Bréfritari: Benedikt Hálfdanarson
Dagsetning: A-1896-01-03
Skrifað á: Vesturheimi

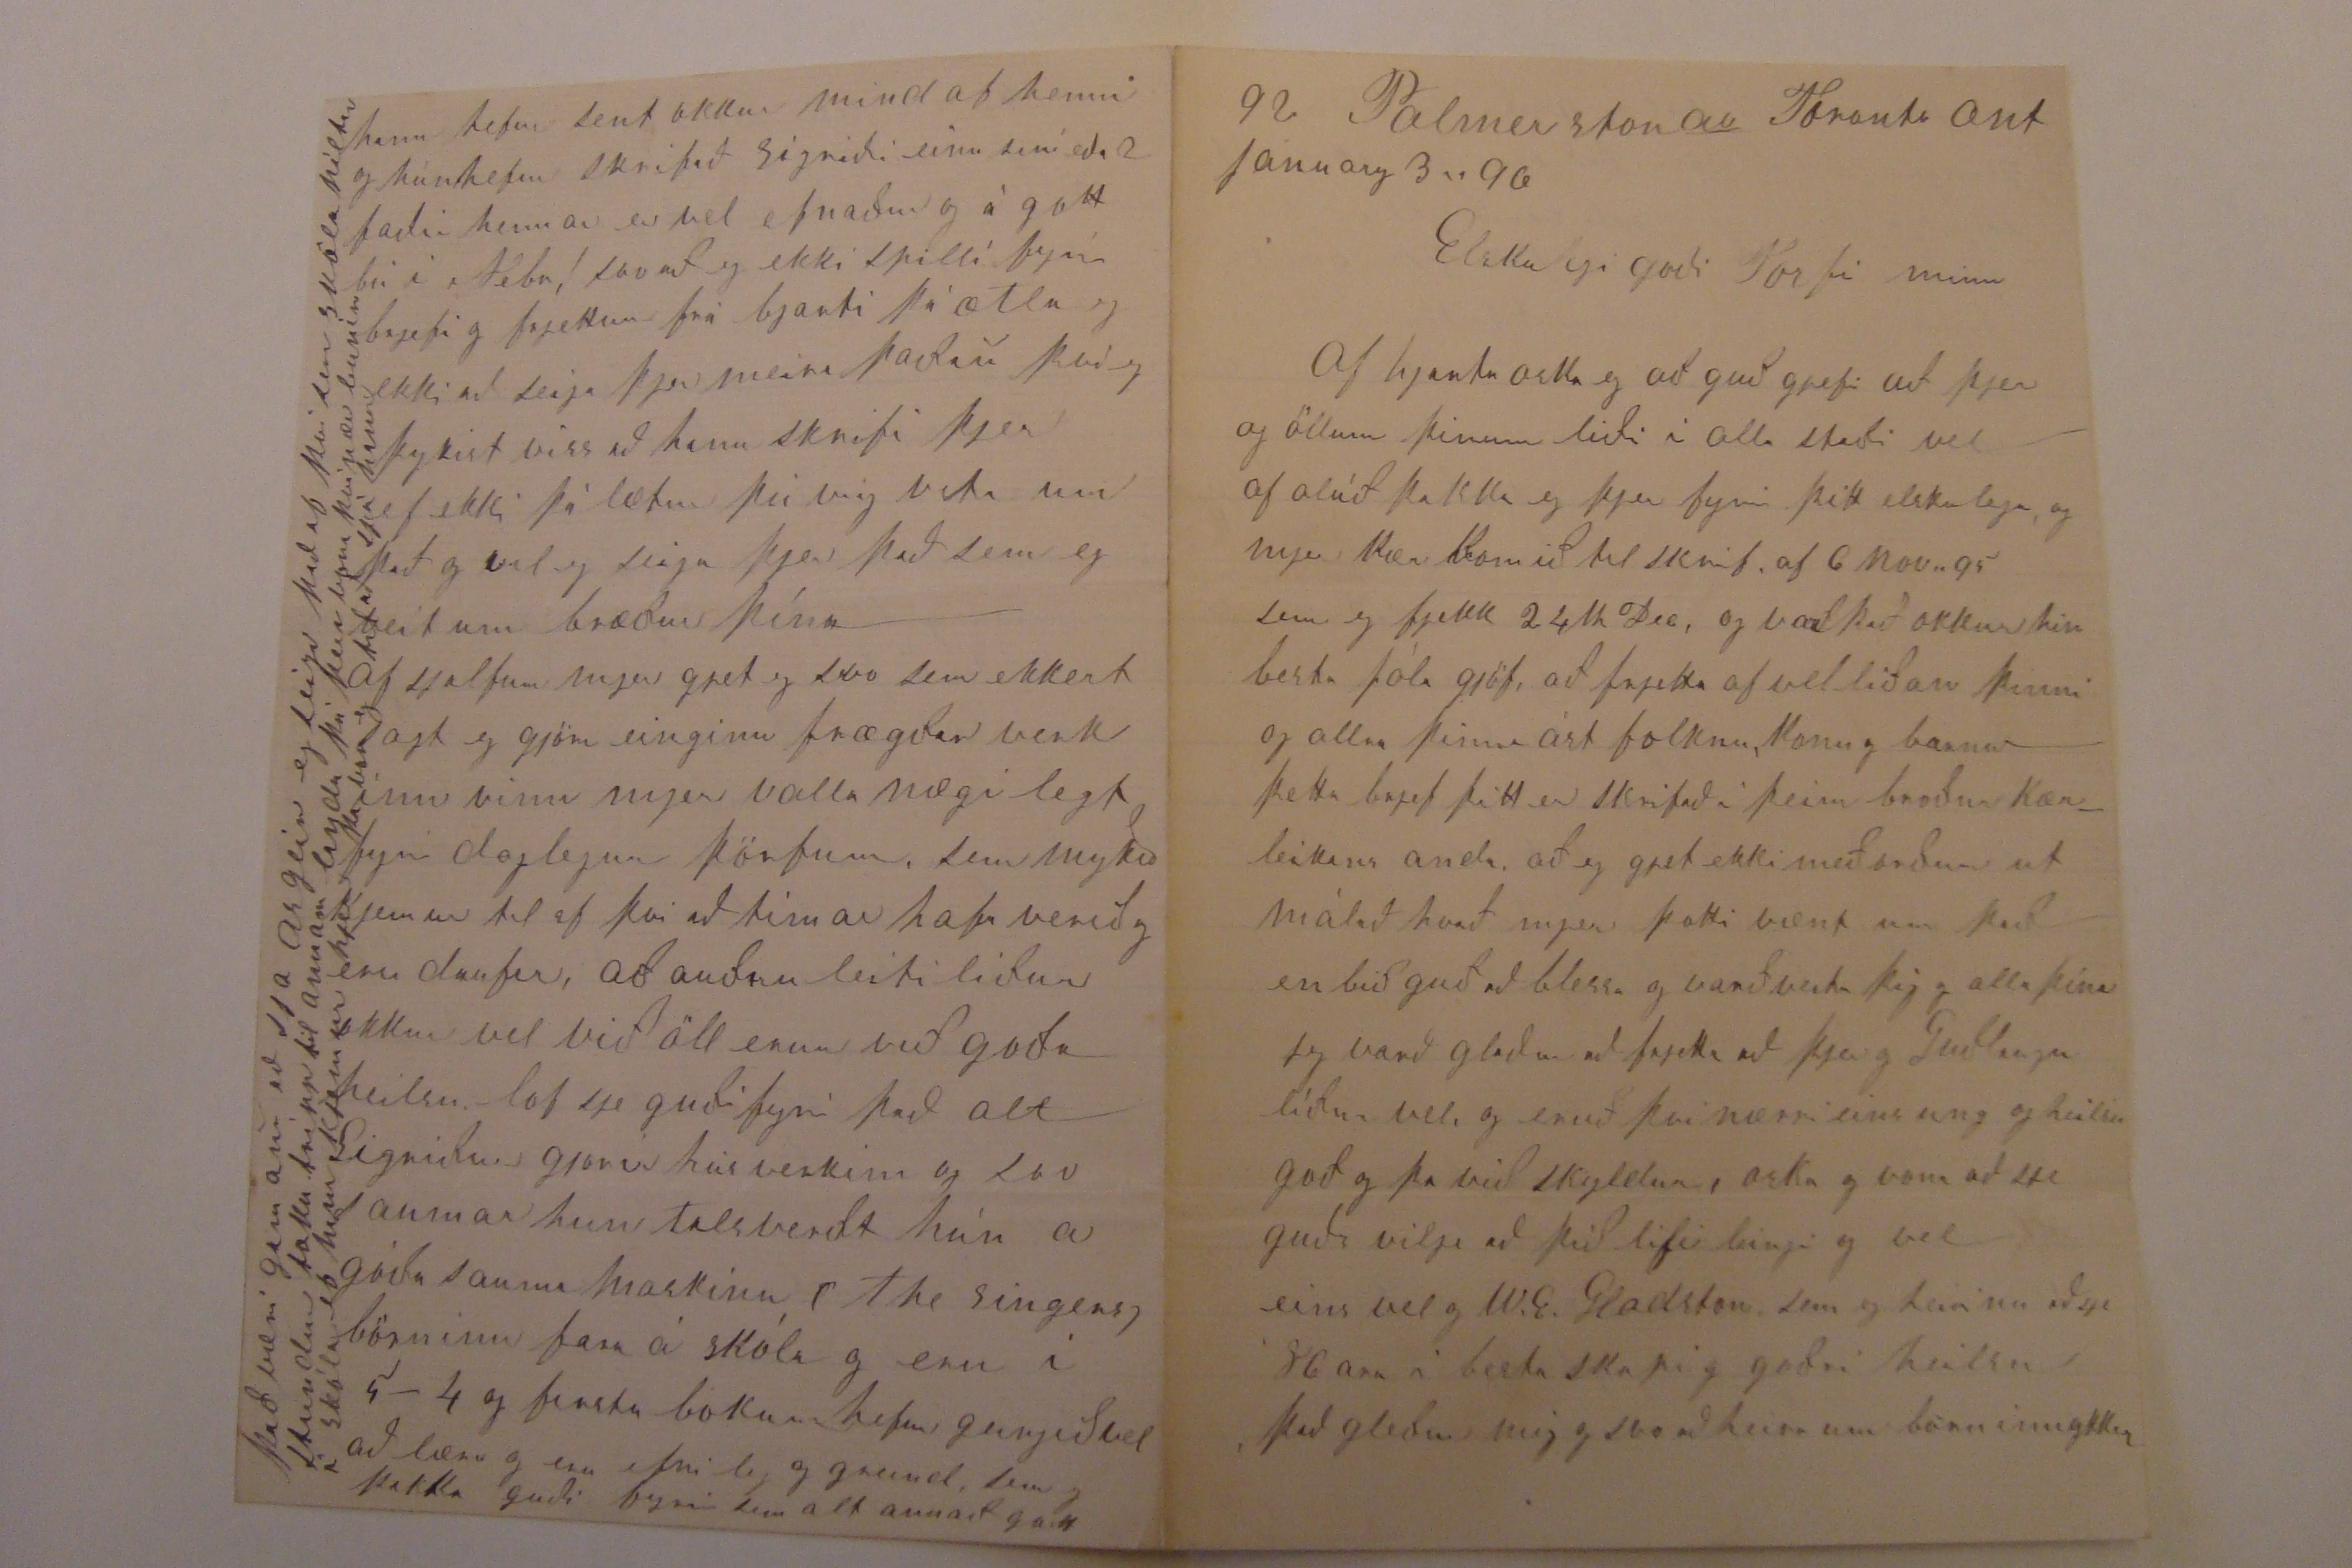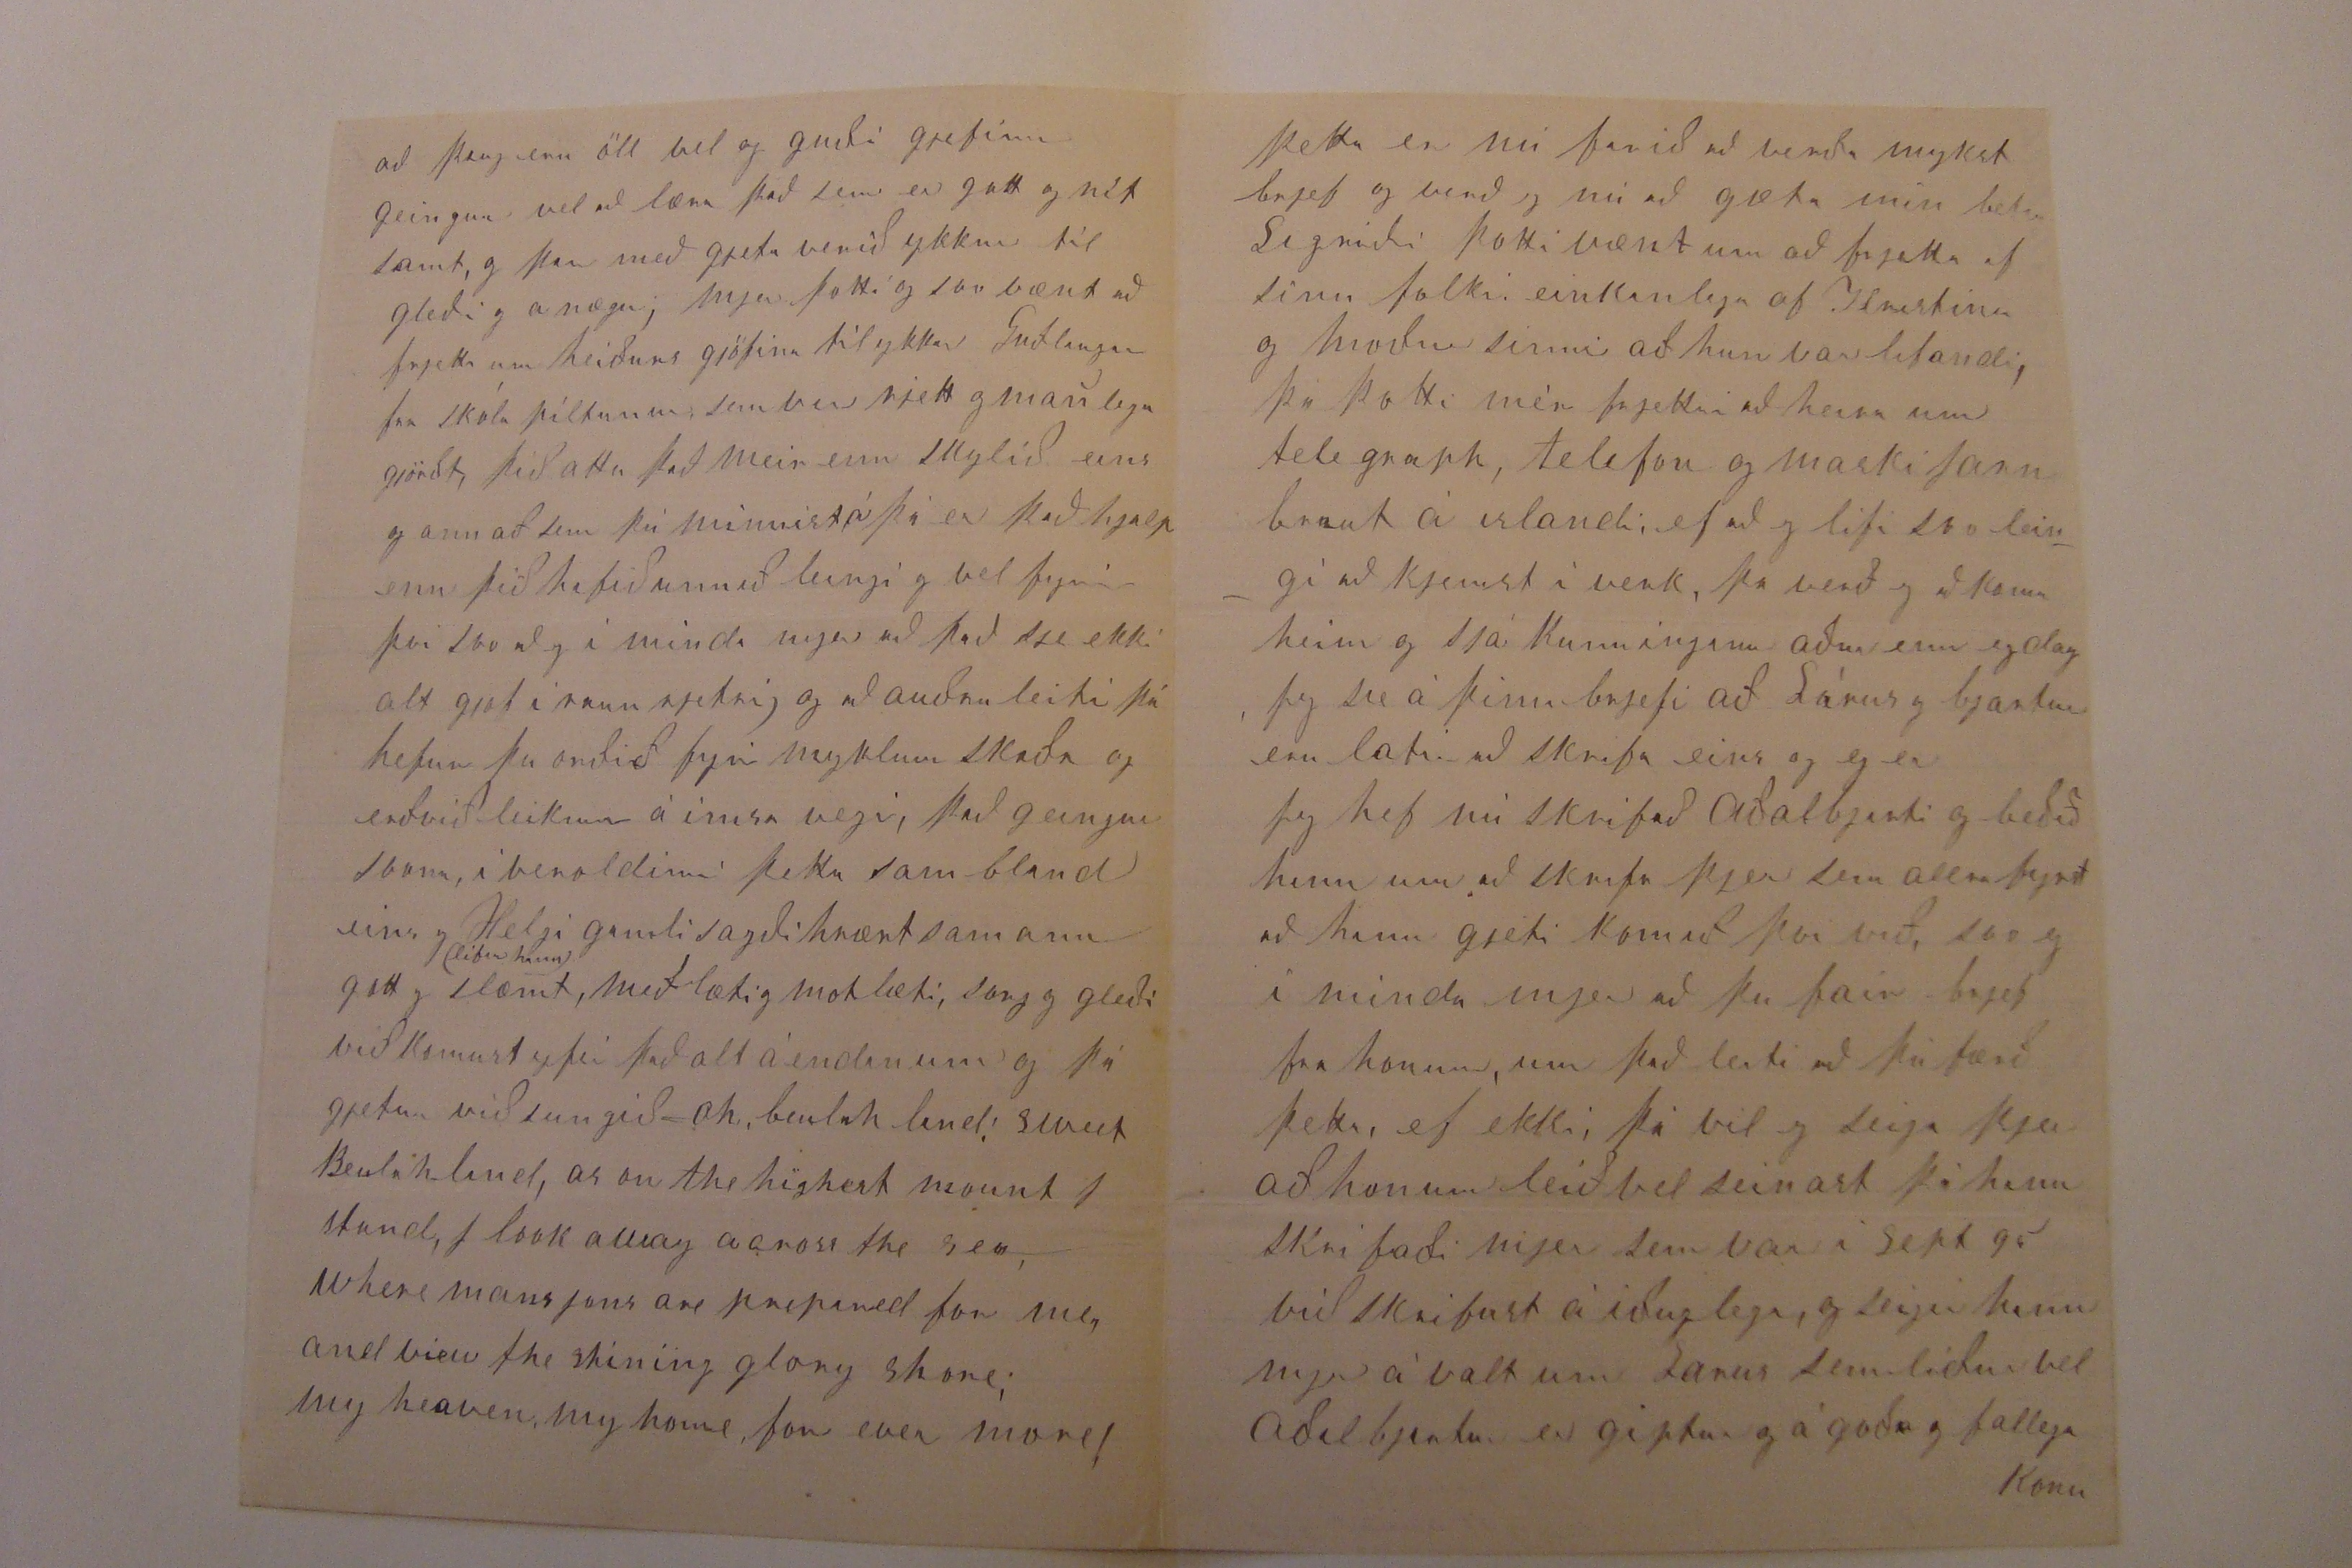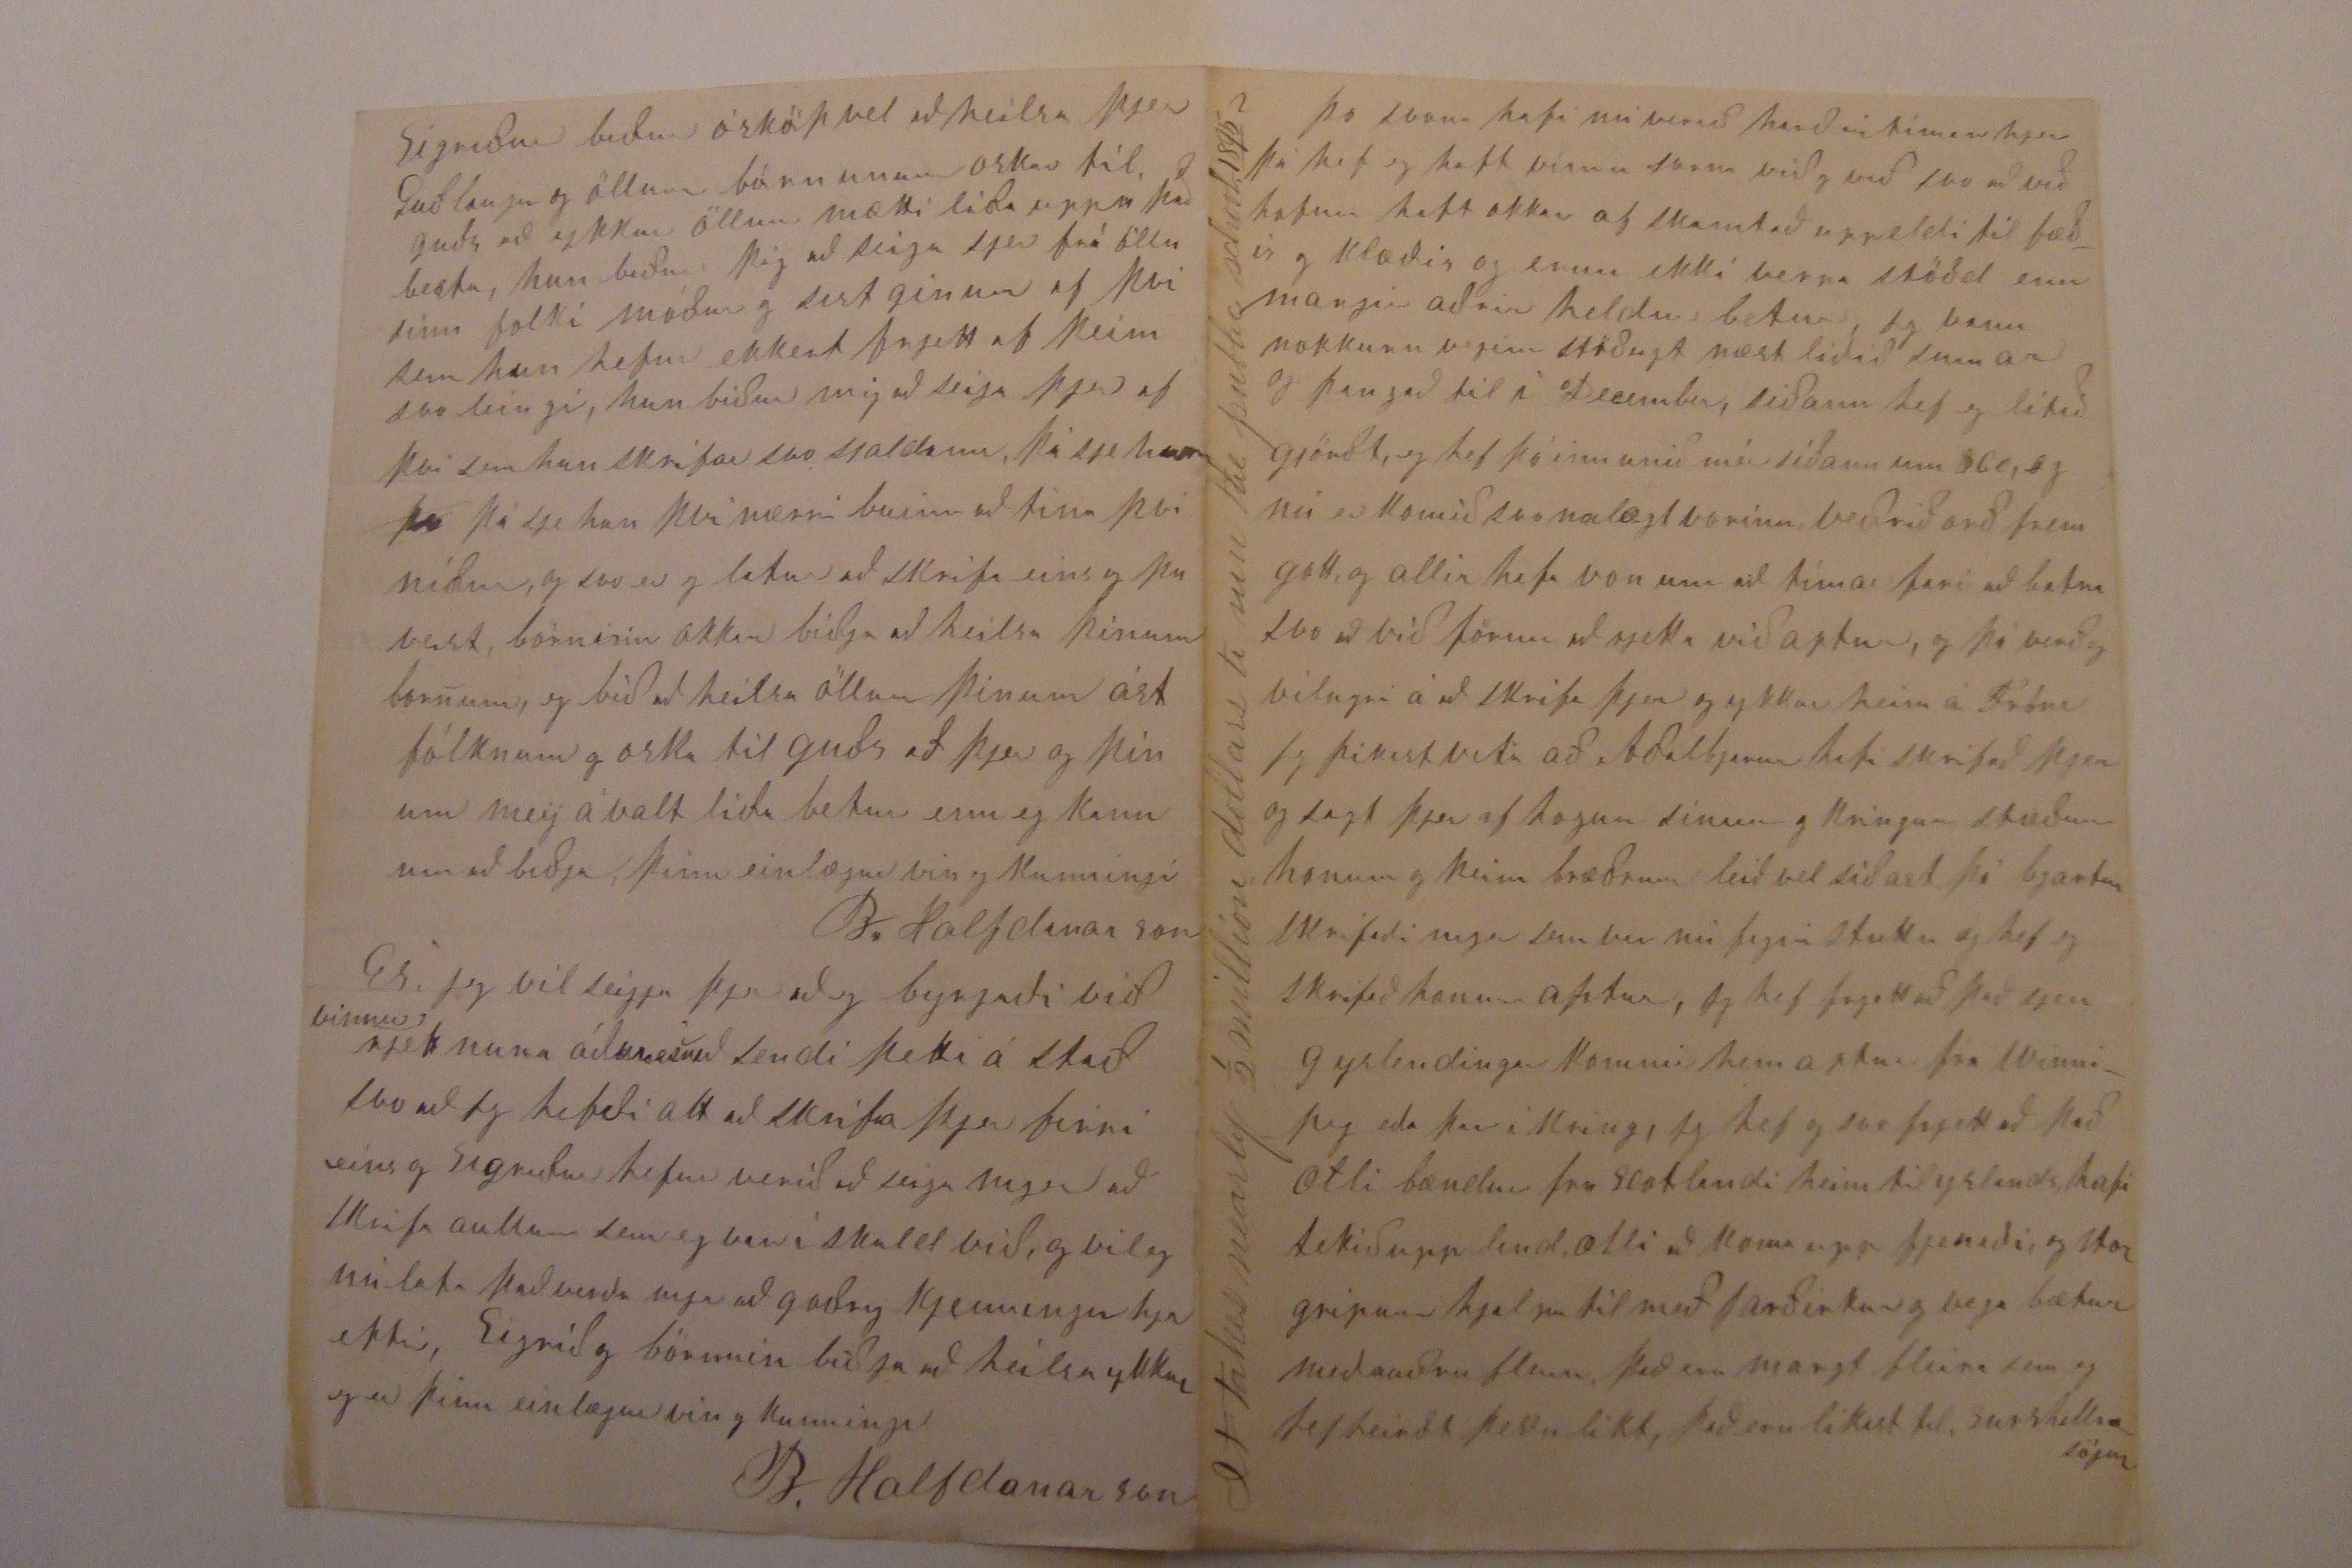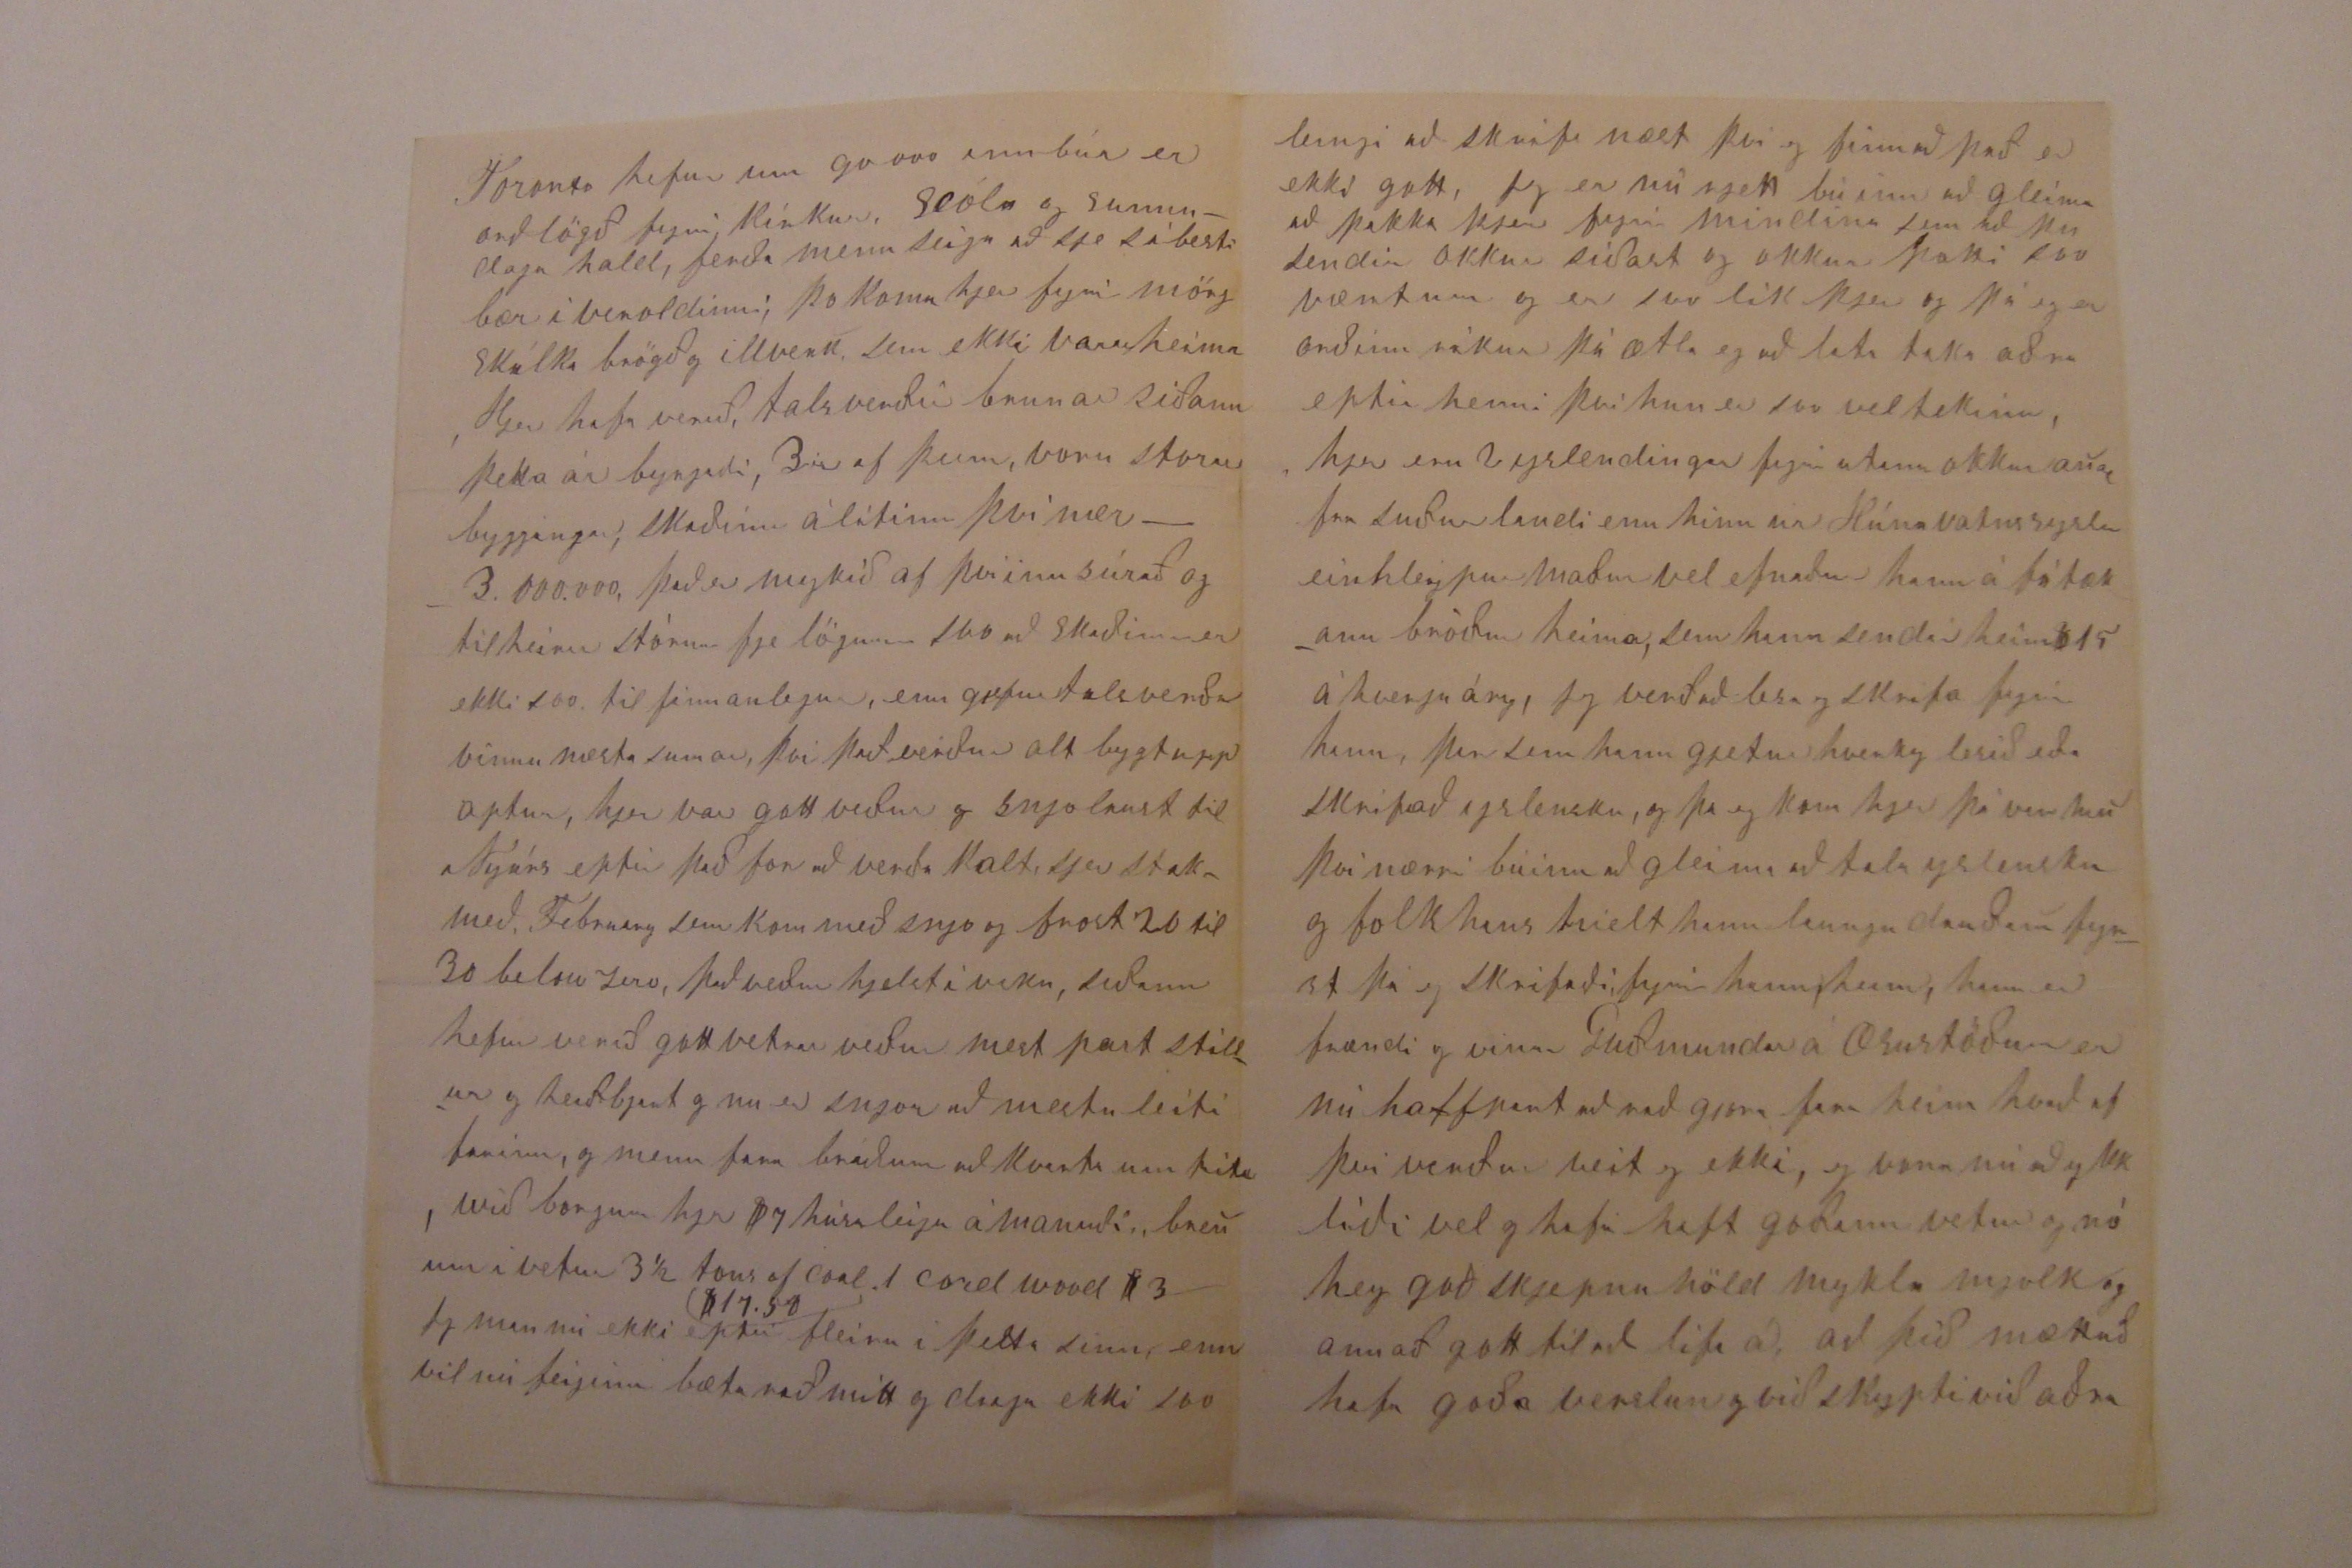

92 Palmer ston av Toronto Ont
January 3, 96
Elskulegi goði Torfi minn
Af hjarta oska eg að guð gjefi að þjer og öllum þínum líði í alla staði vel af alúð þakka eg þjer fyrir þitt elskulega og mjer kær komið til skrif, af 6 nov, 95 sem eg fjekk 24th Dec, og varð það okkur hin besta jóla gjöf að frjetta af vel líðan þinni og allra þinna ást folknu konu og barna þetta brjef þitt er skrifað í þeim broður kær leikans anda að eg gjet ekki með orðum ut málað hvað mjer þotti vænt um það en bið guð að blessa og varðveita þig og alla þína Jeg varð glaður að frjetta að þjer og Guðlaugar líður vel, og eruð því nærri eins ung og heilsu goð og þa við skyldu, oska og vona að sje guðs vilji að þið lifi leingi og vel eins vel og W.E. Gladston sem eg heiri nu að sje 86 ara í besta skapi og goðri heilsu það gleður mig og svo að heira um börninn ykkar
að þaug eru öll vel og guði gjefinn geingur vel að læra það sem er gott og nit samt, og þar með gjeta verið ykkur til gleði og anægu, mjer þotti og svo vænt að frjetta um heiðurs gjöfina til ykkar Guðlaugar fra skóla piltunum, sem var rjett og manlega gjördt, þið attu það meira enn skylið eins og annað sem þú minnist á þá er það hjap enn þið hafið unnið leingi og vel fyrir því svo að eg í minda mjer að það sje ekki alt gjof í raun 00000, og að auðru leiti þá hefur þu orðið fyrir myklum skaða og erviðleikum á ímsa vegi, það geingur svona í veroldinni þetta sambland eins og Helgi gamli
(lifir hann)
sagði hrært samann gottog slæmt, meðlæti og motlæti, sorg og gleði við komust yfir það alt á endanum og þá gjetum við sungið Oh, be000 land, sweet Be000 land, as on the highest mount I stand, I took away across the sea where mans sons are p00pered for me, and view the shining glory shore, my heaven my home for ever more,
þetta er nú farið að verða mykst brjef og verð eg nú að gæta mín betur Sigríði þotti vænt um að frjetta af sínu folki einkanlega af Kristínu og moður sinni að hun var lifandi, þá þotti mér frjettir að heira um telegraph, telefon og maski jarnbraut á islandi ef að eg lifi svo leingi að kjemst í verk, þa verð eg að koma heim og sjá kunningana áður enn eg day Jeg sie á þínu brjefi að Lárus og bjartur eru latir að skrifa eins og eg er Jeg hef nú skrifað Aðalbjarti og beðið hann um að skrifa þjer sem allra fyrst að hann gjeti komið því við, svo eg íminda mjer að þu fair brjef fra honum um það leiti að þú færð þetta, ef ekki þá vil eg seiga þjer að honum leið vel seinast þá hann skrifaði mjer sem var í sept 95 við skrifust á iðulega, og seigir hann mjer ávalt um Larus sem líður vel Aðalbjartur er giptur og á goða og fallega konu
það væri gamann að sja Asgeir eg seigi það af því sem skólapitar stundum taka tripp til annara landa þá þeir voru því nær bunir í skóla ef hann kjemur hjer þa
væri
eg til að sjá hann
Af sjalfum mjer gjet eg svo sem ekkert sagt og gjöri einginn frægðar verk inn vinn mjer valla nægilegt fyrir daglegum þörfum, sem mykið kjemur til af því að tímar hafa verið og eru daufir, að auðru leiti líður okkur vel við öll erum við goða heilsu, lof sje guði fyrir það alt Sigríður gjorir húsverkinn og svo saumar hun talsverdt hún á góða sauma maskínu (the singers) börninn fara á skóla og eru í 5-4 og
fresta
bokum hefur gengið vel að læra og eru efnileg og greind sem eg þakka guði fyrir sem alt annað gott
Hjer eru 2 islendingar fyrir utann okkur og þekki eg lítið nema anan þeirra sem er Olafur Guðmundarson úr Húnavatnssys hefur verið hjer um 20 ar, hann gjetur hverki lesið eða skrifað islensku, og var búinn að vera hjer morg ar svo einginn vissi um han heima af hans folki, til þess að hann fann mig og hef eg skrifað fyrir hann síðann fyrsta brjefið sem þeir feingu frá honum varð broður hans svo himinglaður því hann hjelt hann laungu dauðann, broðir hans er mjög fátækurm, svo Olafur sendir honum arlega heim $ 15 og stundum $ 20 þetta hefur hann sent í brjef peningum, einu sinni í póstávísun, enn það var leingi á ferðinni komst þó til skyla, þú veist að post ávísun er á reiðanlegast að senda hjer því peninga sendingar tapast opt í þessu landi, þettað hefur nú avalt komist með bestu skylum, sem hefur verið sent til Guðmundar Erlendsson á Æsustöðum nú á Langadal, Olafur var fostur sonur moður Guðm Er svo þeir eru bestu kunningar og vinir og skrifast á árlega það er að seiga síðann Olaf birjaði
Olafur er vel efnaður sem alt er í peningum og á Banka, hann er einhleipur maður goður dreingur þó rífst eg við hann því nærri í hvert skipt sem við finustum, hann er eða fer til Roman Catholic Curch enn eg til Methodist church, enn eins og þu veist talsverdt mismunandi milli þeirra Jeg veit ekki hvað eg á að seiga þjer frá Toronto Jeg sje í dagblöðunum að ferða menn seiga að Toronto sje besti Bær undir sólinni, ef það er svo þá vildi eg ekki vera í þeim lakasta það er auðvitað margt gott hjer, regla og siðferði tekur hjer víst fram morgum bæjum, sjerstaklega á sunnudögum þar sem allri vinnu er hætt og ollum sölu búðum lokað og um ferð hættir sem er vanalega aðra daga svo að það er eins og bílar detti af
husi
, veðrattu farið er gott arið um kring (strætisvagnar sem að hestar dróu ganga nú allir með Electricity, Skolar og Kirkur af öllu tagi eða lærdomsiðkanir og trúar
lifa
fjelög af allri sort! bindindis fjelagið og svo þo sje eg í einu blaði hjer hvar seigir að Canada spennir 33. milljons af dollars á ari fyrri vínfaung af öllu sortum þegar að eg sa það þá oskaði eg eptir að þú hefir aðra eins sumu til að borga á ein hverju fyrirtæki fyrir island, kansgi það sje af því sem vínsölu menn fá ekkert frá mjer, eg vona að islendingar sje hættir að kaupa það, eins og fleira sem vel má lifa fyrir utann, um þessar mundir hefur verið hjer mykið talað um war eða difficulty be
the in
great britain and united states, regarding venezuela og er sagt að hafi vakið upp alla hermenn til þess að vera vel æfðir og hafa all ræðubúið hvenær sem kallið kjemur, eg sje í blöðunum í gær og dag að þeir halda og vona að það verði ekki af stríði og verði komið miðlun eða sættir á milli, svo nú
skyldra
og
myklar
þjóðir, greatbritain & united state svo þú sjair útaf hverju þetta hefur
0
risið og svo
00
sjair hverninn þetta alt er
þá klippi eg pís ur papírnum um venuzuela og sendi þér, það gjefur þjer betri hugmind um hvernin þetta alt muni fara og þú færð það eins gott og það verður í íslensku blöðum, þetta er nú kansgi svo sem ekkert til þín eg sendi það samt og bið þig að fyrir gjefa alt þetta Hjer hefur verið milt veður og talsverðar rigningar um Jolin sem folki þotti ekki gott, því talsverdt geingur hjer á um þann tíma nú er talsverdt frost heiðbjart enn sjólaust og veturinn verður nu ekki langur, Sigríður biður mykið vel að heilsa þjer Guðlaugu og bornunum og þakkar ykkur fyrir alt það góða í orði og verki sem hun þikist aldey gleima jeg í sama máta bið að heilsa Guðlaugu og öllum þínum oska eptir að ykkur öllu líði vel en eg hefi það traust til guðs að han uppfylli allar þínar þarfir af sinni dyrðlegu nægt, eg vil vera þinn einlægur vin og kuningi
B Halfdanarson
mjer þotti gam að frjetta ur Saurbænum og að þið ætli að byggja eina kirkju af 2ur sem er þar það best og krikju stæðið er gott, það var gott að frjetta af Yndriða, Eggert og þeim öllum guð blessi þá alla